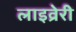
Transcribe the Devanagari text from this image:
लाइव्रेरी